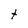
Character: t